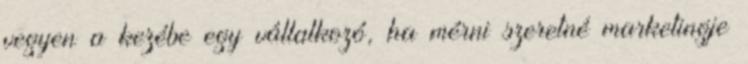
vegyen a kezébe egy vállalkozó, ha mérni szeretné marketingje